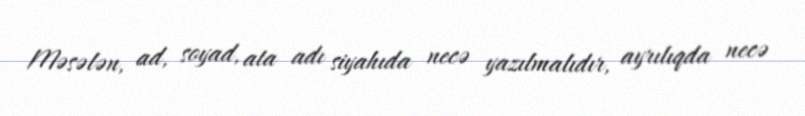
Məsələn, ad, soyad, ata adı siyahıda necə yazılmalıdır, ayrılıqda necə